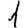
Digit: 1